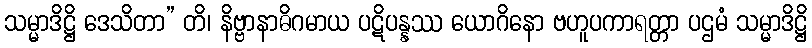
သမ္မာဒိဋ္ဌိ ဒေသိတာ” တိ၊ နိဗ္ဗာနာဓိဂမာယ ပဋိပန္နဿ ယောဂိနော ဗဟူပကာရတ္တာ ပဌမံ သမ္မာဒိဋ္ဌိ